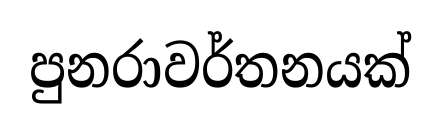
පුනරාවර්තනයක්